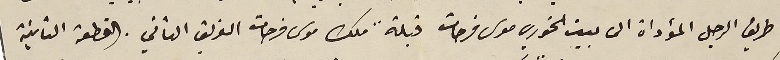
طريق الرجل المؤداة الى بيت الخوري موسى فرحات قبلةً ملك موسى فرحات الفريق الثاني. القطعة الثانية